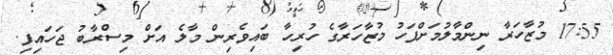
17:55 މުޒާހަރާ ނިންމާލުމަށްފަހު މުޒާހަރާގެ ހުރިހާ ބައިވެރިން މާލެ އަށް މިސްރާބު ޖަހައިފި.